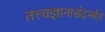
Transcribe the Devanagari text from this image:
तत्त्वज्ञानासंदर्भात